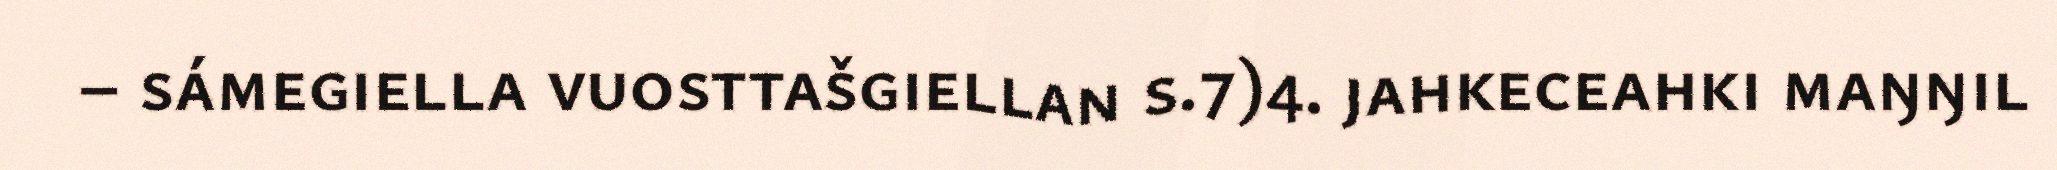
– sámegiella vuosttašgiellan s.7)4. jahkeceahki maŋŋil